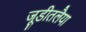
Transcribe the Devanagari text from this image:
जूडीतलैया